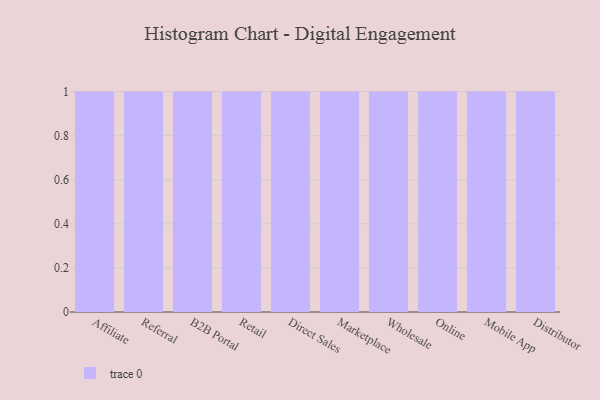
{"axis": {"x": "Channel", "y": "Active Users"}, "legend": [""], "data": [{"x": "Affiliate", "y": 59, "type": ""}, {"x": "Referral", "y": 85, "type": ""}, {"x": "B2B Portal", "y": 97, "type": ""}, {"x": "Retail", "y": 15, "type": ""}, {"x": "Direct Sales", "y": 79, "type": ""}, {"x": "Marketplace", "y": 85, "type": ""}, {"x": "Wholesale", "y": 27, "type": ""}, {"x": "Online", "y": 33, "type": ""}, {"x": "Mobile App", "y": 92, "type": ""}, {"x": "Distributor", "y": 26, "type": ""}]}